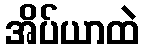
အိပ်ယာထဲ